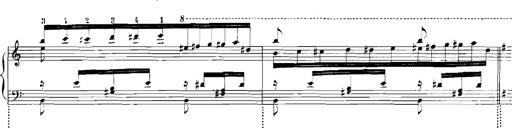
Title: Rhapsodies hongroises
Composer: Franz Liszt